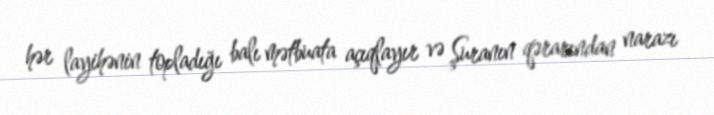
hər layihənin topladığı balı mətbuata açıqlayır və Şuranın qərarından narazı